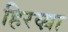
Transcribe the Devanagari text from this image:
हिरव्य़ा